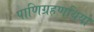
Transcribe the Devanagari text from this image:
पाणिग्रहणथियों